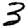
Digit: 3